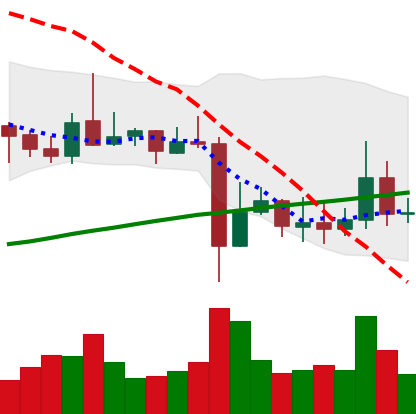
Ticker: ADA-USD
Chart end date: 2021-11-05
Forward return: 5.82%
Label: up_5_7